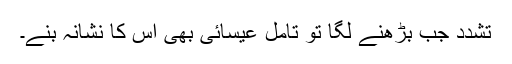
تشدد جب بڑھنے لگا تو تامل عیسائی بھی اس کا نشانہ بنے۔